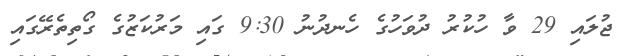
ޖުލައި 29 ވާ ހުކުރު ދުވަހުގެ ހެނދުނު 9:30 ގައި މަރުކަޒުގެ ގޯތިތެރޭގައި